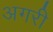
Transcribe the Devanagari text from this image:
अगरी